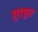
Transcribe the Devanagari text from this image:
घुरघुरा